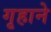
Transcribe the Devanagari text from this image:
गृहाने